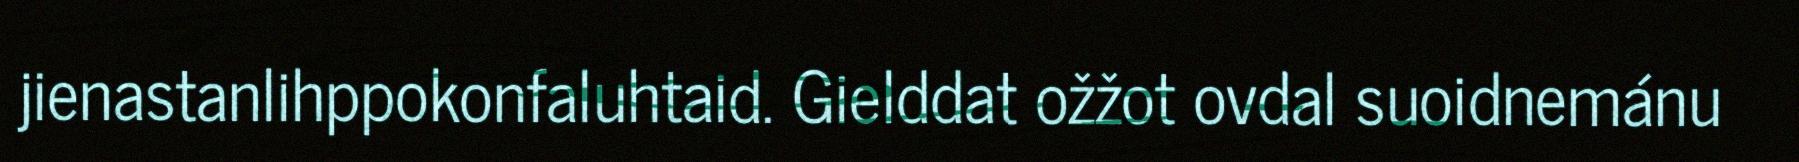
jienastanlihppokonfaluhtaid. Gielddat ožžot ovdal suoidnemánu